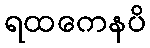
ရထကေနပိ